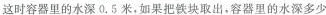
这时容器里的水深0.5米，如果把铁块取出，容器里的水深多少